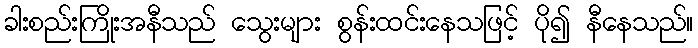
ခါးစည်းကြိုးအနီသည် သွေးများ စွန်းထင်းနေသဖြင့် ပို၍ နီနေသည်။